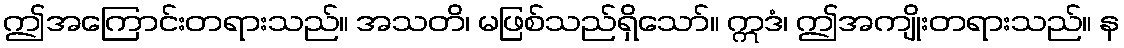
ဤအကြောင်းတရားသည်။ အသတိ၊ မဖြစ်သည်ရှိသော်။ ဣဒံ၊ ဤအကျိုးတရားသည်။ န